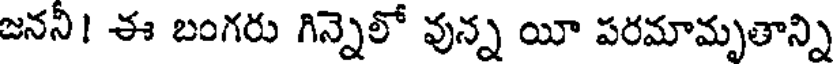
జనని! ఈ బంగరు గిన్నెలో వున్న యీ పరమామృతాన్ని